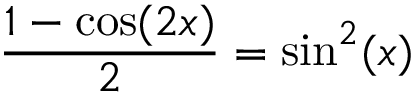
{ \frac { 1 - \cos ( 2 x ) } { 2 } } = \sin ^ { 2 } ( x )